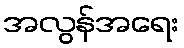
အလွန်အရေး